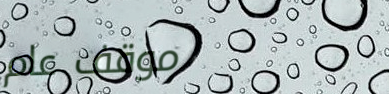
موقف عام